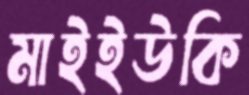
মাইইউকি